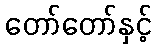
တော်တော်နှင့်